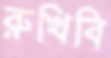
রুখিবি